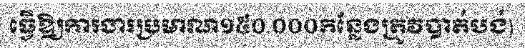
ធ្វើឱ្យការងារប្រមាណ១៥០.០០០កន្លែងត្រូវបាត់បង់)